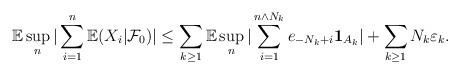
LaTeX: \begin{align*}\mathbb{E}\sup_{n}|\sum\limits_{i=1}^{n}{\mathbb{E}}(X_{i}|{\mathcal{F}}_{0})|\leq\sum_{k\geq1}\mathbb{E}\sup_{n}|\sum\limits_{i=1}^{n\wedge N_{k}}e_{-N_{k}+i}\mathbf{1}_{A_{k}}|+\sum_{k\geq1}N_{k}\varepsilon_{k}.\end{align*}